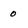
Character: 0